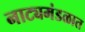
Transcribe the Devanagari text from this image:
नाट्यमंडळात